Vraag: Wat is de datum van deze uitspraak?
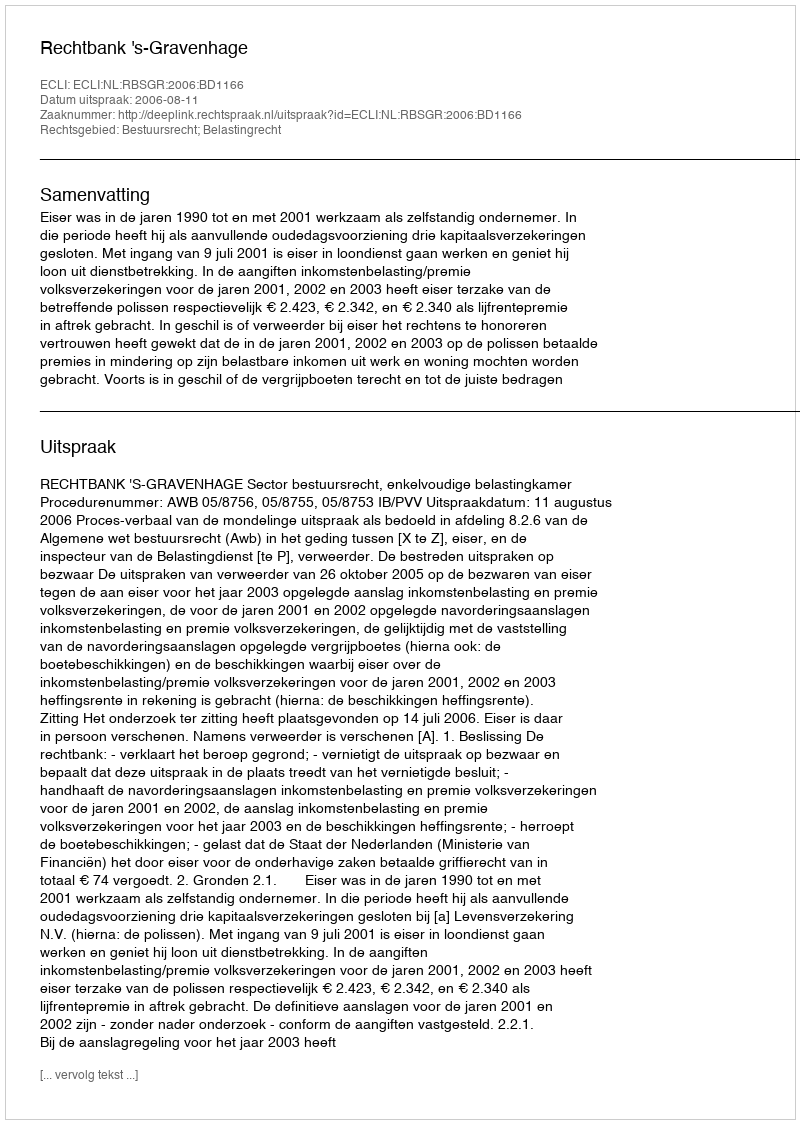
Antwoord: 2006-08-11